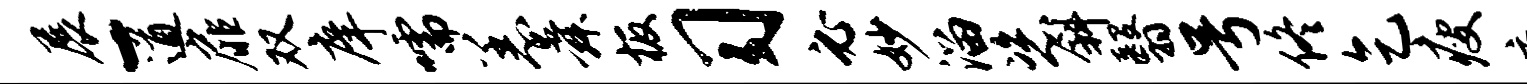
展-遒扉双庠嚅恙舜板习必妙溜恣斜翳号佟乞瘦鹿